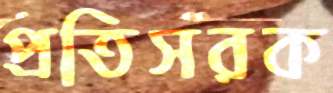
প্রতিসরক